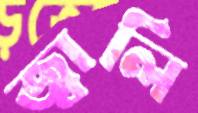
জ্বালি